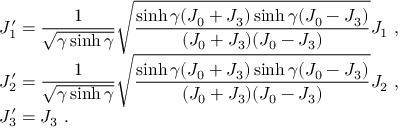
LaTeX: \begin{array} { l } { { J _ { 1 } ^ { \prime } = \displaystyle \frac { 1 } { \sqrt { \gamma \sinh \gamma } } \sqrt { \displaystyle \frac { \sinh \gamma ( J _ { 0 } + J _ { 3 } ) \sinh \gamma ( J _ { 0 } - J _ { 3 } ) } { ( J _ { 0 } + J _ { 3 } ) ( J _ { 0 } - J _ { 3 } ) } } J _ { 1 } ~ , } } \\ { { J _ { 2 } ^ { \prime } = \displaystyle \frac { 1 } { \sqrt { \gamma \sinh \gamma } } \sqrt { \displaystyle \frac { \sinh \gamma ( J _ { 0 } + J _ { 3 } ) \sinh \gamma ( J _ { 0 } - J _ { 3 } ) } { ( J _ { 0 } + J _ { 3 } ) ( J _ { 0 } - J _ { 3 } ) } } J _ { 2 } ~ , } } \\ { { J _ { 3 } ^ { \prime } = J _ { 3 } ~ . } } \end{array}